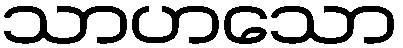
သာဟသော